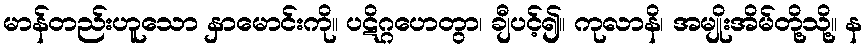
မာန်တည်းဟူသော နှာမောင်းကို။ ပဋိဂ္ဂဟေတွာ၊ ချီပင့်၍။ ကုလာနိ၊ အမျိုးအိမ်တို့သို့။ န